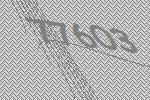
77603